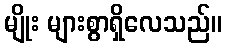
မျိုး များစွာရှိလေသည်။